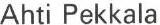
Ahti Pekkala